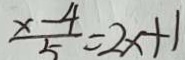
\frac { x - 4 } { 5 } = 2 x + 1